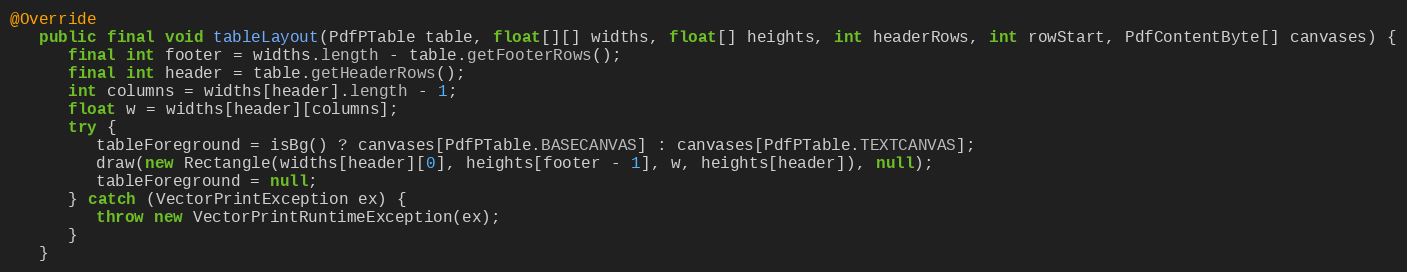
Language: Java
@Override
   public final void tableLayout(PdfPTable table, float[][] widths, float[] heights, int headerRows, int rowStart, PdfContentByte[] canvases) {
      final int footer = widths.length - table.getFooterRows();
      final int header = table.getHeaderRows();
      int columns = widths[header].length - 1;
      float w = widths[header][columns];
      try {
         tableForeground = isBg() ? canvases[PdfPTable.BASECANVAS] : canvases[PdfPTable.TEXTCANVAS];
         draw(new Rectangle(widths[header][0], heights[footer - 1], w, heights[header]), null);
         tableForeground = null;
      } catch (VectorPrintException ex) {
         throw new VectorPrintRuntimeException(ex);
      }
   }